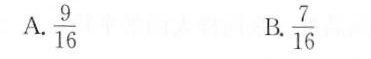
A. \frac{9}{16} B.\frac{7}{16}